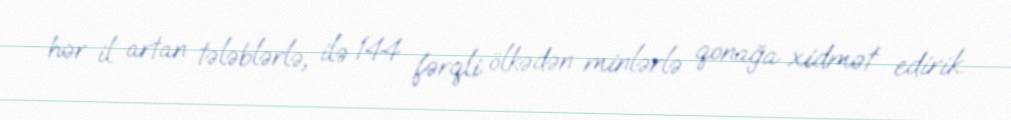
hər il artan tələblərlə, ilə 144 fərqli ölkədən minlərlə qonağa xidmət edirik.